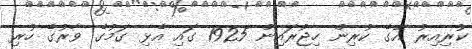
ކުރިއިރު އޭގެ ކުރިން ހިޖުރައިން 1925 ގައި އެޅި ގަމުގެ ވާރުގެ ހުރި